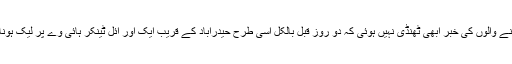
اور افسوس آئل ٹینکر سے اذیت ناک موت کا شکار ہونے والوں کی خبر ابھی ٹھنڈی نہیں ہوئی کہ دو روز قبل بالکل اسی طرح حیدرآباد کے قریب ایک اور آئل ٹینکر ہائی وے پر لیک ہونا شروع ہوا تو لوگوں نے بالکل اسی طرح لوٹ مارکی۔